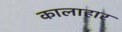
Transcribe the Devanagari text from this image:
कालाहार